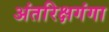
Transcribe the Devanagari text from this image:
अंतरिक्षगंगा